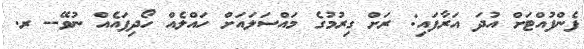
ފެންފުއްޓަށް އުދަ އަރާފައި: ރަށް ގިރުމުގެ މައްސަލައަށް ހައްލެއް ހޯދިފައެއް ނުވޭ-- ރ.